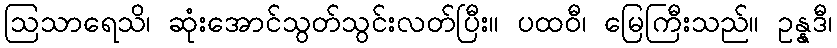
ဩသာရေသိ၊ ဆုံးအောင်သွတ်သွင်းလတ်ပြီး။ ပထဝီ၊ မြေကြီးသည်။ ဥန္နဒီ၊